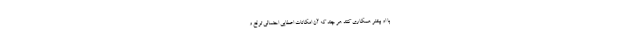
با او بیشتر همکاری کنند هر چند که آن امکانات اعطایی احتمالی توقع و